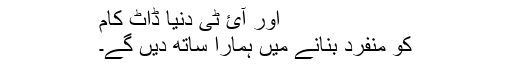
اور آئ ٹی دنیا ڈاٹ کام
کو منفرد بنانے میں ہمارا ساتھ دیں گے۔